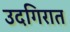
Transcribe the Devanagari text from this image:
उदगिरात